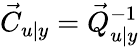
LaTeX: \vec{C}_{u\vert y}=\vec{Q}_{u\vert y}^{-1}